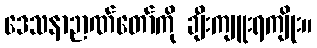
ဒေသနာဉာဏ်တော်ကို ချီးကျူးရကျိုး။